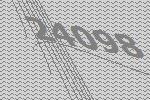
24098